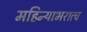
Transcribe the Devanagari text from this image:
महिन्याभरात्च